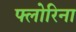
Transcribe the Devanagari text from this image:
फ्लोरिना